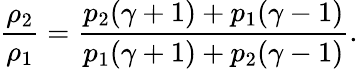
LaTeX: \frac{\rho_{2}}{\rho_{1}}=\frac{p_{2}(\gamma+1)+p_{1}(\gamma-1)}{p_{1}(\gamma+1)+p_{2}(\gamma-1)}.